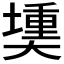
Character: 𪥟